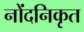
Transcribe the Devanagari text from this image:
नोंदनिकृत